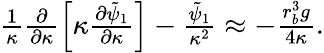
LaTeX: \begin{array}{r}{\frac{1}{\kappa}\frac{\partial}{\partial\kappa}\left[\kappa\frac{\partial\tilde{\psi}_{1}}{\partial\kappa}\right]-\frac{\tilde{\psi}_{1}}{\kappa^{2}}\approx-\frac{r_{b}^{3}g}{4\kappa}.}\end{array}